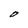
Character: O